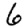
Digit: 6